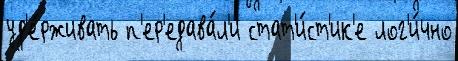
уд'е́рживать п'ер'едава́л'и стат'и́ст'ик'е лог'и́чно